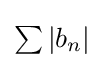
{\textstyle \sum \left\vert b_{n}\right\vert }